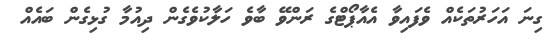
ގިނަ އަހަރުތަކެއް ވެފައިވާ އެއާޕޯޓްގެ ރަންވޭ ބާވެ ހަލާކުވެގެން ދިއުމާ ގުޅިގެން ބައެއް